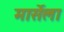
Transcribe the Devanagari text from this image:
मार्सेला